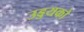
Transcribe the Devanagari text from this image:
उड्डयको